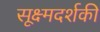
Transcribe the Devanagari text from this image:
सूक्ष्मदर्शकी